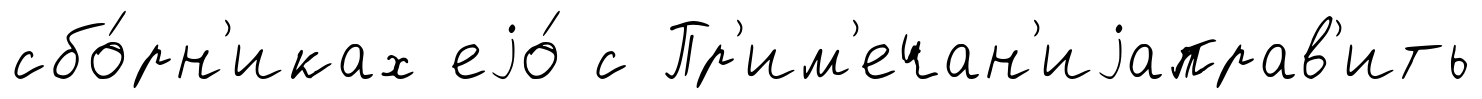
сбо́рн'иках еjо́ с Пр'им'ечан'иjаправ'ить